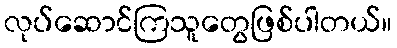
လုပ်ဆောင်ကြသူတွေဖြစ်ပါတယ်။